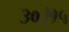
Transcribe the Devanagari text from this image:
३०।१५